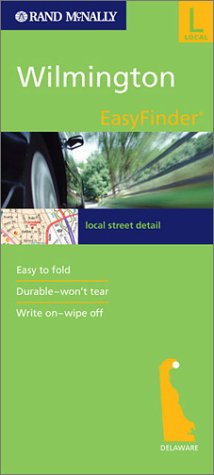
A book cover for Rand McNally Easyfinder Wilmington; Travel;